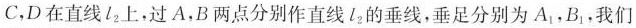
C，D在直线l_{2}上，过A，B两点分别作直线l_{2}的垂线，垂足分别为A_{1}，B_{1}，我们